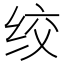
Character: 绞